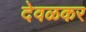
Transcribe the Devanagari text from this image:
देवळकर